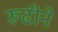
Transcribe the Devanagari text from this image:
रूढीने